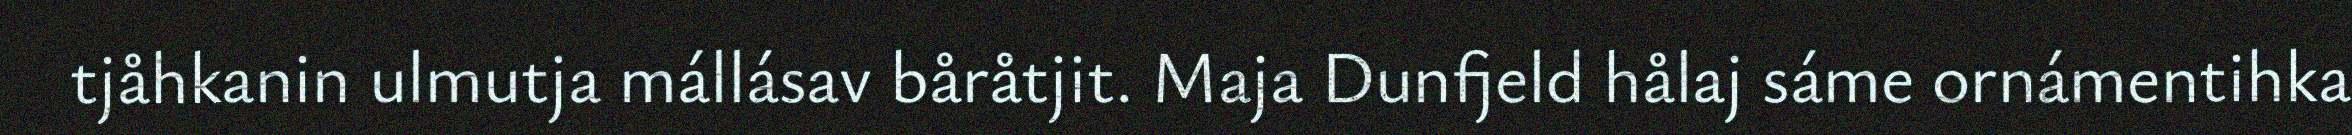
tjåhkanin ulmutja mállásav båråtjit. Maja Dunfjeld hålaj sáme ornámentihka